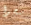
ينجوا